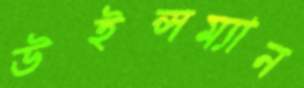
উইন্সম্যান